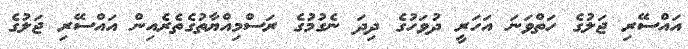
އައްސޭރި ޖަލުގެ ހަތްވަނަ އަހަރީ ދުވަހުގެ ދިދަ ނެގުމުގެ ރަސްމިއްޔާތުގެތެރެއިން އައްސޭރި ޖަލުގެ